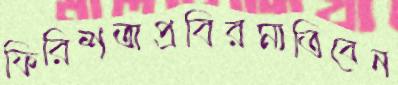
ফিরিশতাপ্রবিরমাতিবেন